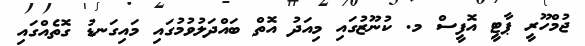
ޖުމްހޫރީ ޕާޓީ އޮފީސް މ. ކުނޫޒުގައި މިއަދު އޮތް ބައްދަލުވުމުގައި މައިގަނޑު ގޮތެއްގައި